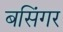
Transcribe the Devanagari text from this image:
बसिंगर